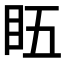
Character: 𥄬